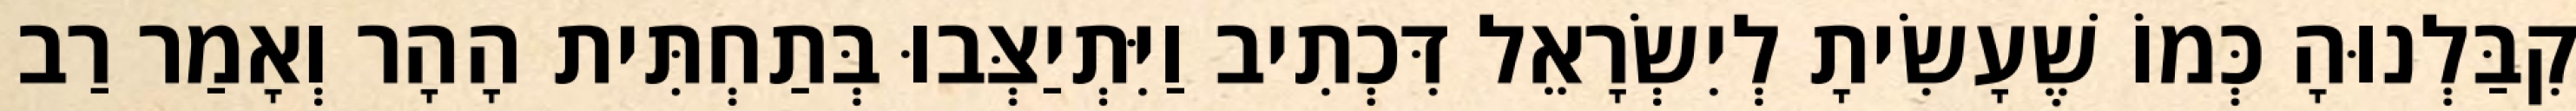
קִבַּלְנוּהָ כְּמוֹ שֶׁעָשִׂיתָ לְיִשְׂרָאֵל דִּכְתִיב וַיִּתְיַצְּבוּ בְּתַחְתִּית הָהָר וְאָמַר רַב